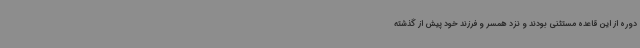
دوره از این قاعده مستثنی بودند و نزد همسر و فرزند خود پیش از گذشته